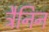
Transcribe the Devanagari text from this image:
ट्रैनिन